Annual administration report of the Civil Veterinary Department of India - 1907-1908
Year: 1907
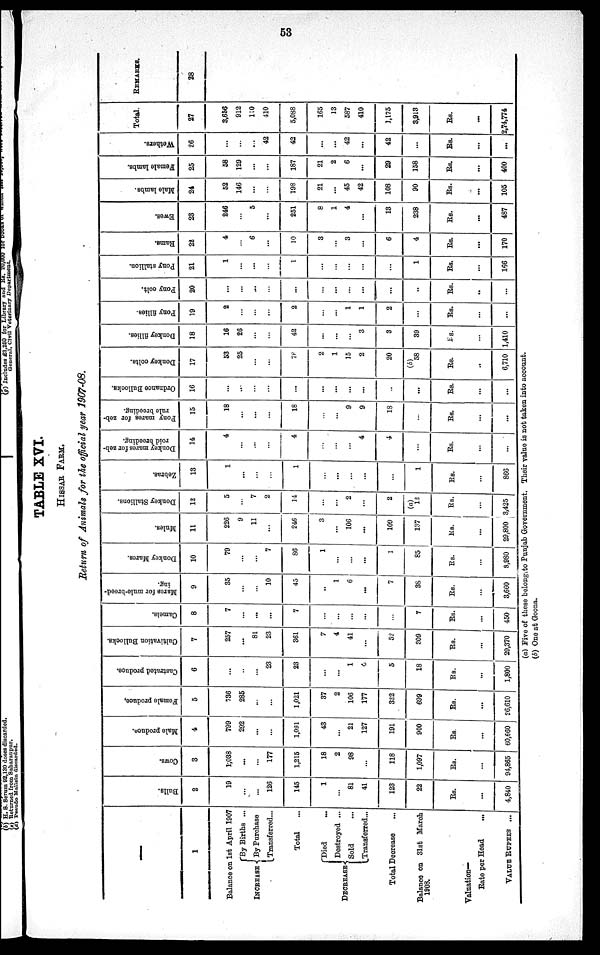
53
TABLE XVI.
HISSAR FARM.
Return of Animals for the official year 1907-08.
—
1
Balance on 1st April 1907
INCREASE
DECREASE
By Births ...
By Purchase
Transferred...
Total ...
Died ...
Destroyed ...
Sold ...
Transferred...
Total Decrease ...
Balance on 31st March
1903.
Valuation—
Rate per Head
...
VALUE RUPEES ...
Bulls.
2
19
...
...
126
145
1
...
81
41
123
22
Rs.
...
4,840
Cows.
3
1,038
...
...
177
1,215
18
2
98
...
118
1,097
Rs.
...
94,865
Male produce.
4
799
292
...
...
1,091
43
...
21
127
191
900
Rs.
...
60,660
Female produce.
5
736
285
...
...
1,021
37
2
106
177
322
699
Rs.
...
26,610
Castrated produce.
6
...
...
...
23
23
...
...
1
4
5
18
Rs.
...
1,800
Cultivation Bullocks.
7
257
...
81
23
361
7
4
41
...
52
309
Rs.
...
29,370
Camels.
8
7
...
...
...
7
...
...
...
...
...
7
Rs.
...
450
Mares for mule-breed-
ing.
9
35
...
...
10
45
...
1
6
...
7
38
Rs.
...
3,660
Donkey Mares.
10
79
...
...
7
86
1
...
...
...
1
85
Rs.
...
3,980
Mules.
11
226
9
11
...
246
3
...
106
...
109
137
Rs.
...
29,800
Donkey Stallions.
12
5
...
7
2
14
...
...
2
...
2
(a)
12
Rs.
...
3,425
Zebras.
13
1
...
...
...
1
...
...
...
...
...
1
Rs.
...
866
Donkey mares for zeb-
roid breeding.
14
4
...
...
...
4
...
...
...
4
4
...
Rs.
...
...
Pony mares for zeb-
rule breeding.
15
18
...
...
...
18
...
...
9
9
18
...
Rs.
...
...
Ordnance Bullocks.
16
...
...
...
...
...
...
...
...
...
...
Rs.
...
...
Donkey colts.
17
53
25
...
...
78
2
1
15
2
20
(b)
58
Rs.
...
6,710
Donkey fillies.
18
16
26
...
...
42
...
...
...
3
3
39
Rs.
...
1,410
Pony fillies.
19
2
...
...
...
2
...
...
1
1
2
...
Rs.
...
...
Pony colt.
20
...
...
...
...
...
...
...
...
...
...
...
Rs.
...
...
Pony stallion.
21
1
...
...
...
1
...
...
...
...
...
1
Rs.
...
166
Rams.
22
4
...
6
...
10
3
...
3
...
6
4
Rs.
...
170
Ewes.
23
246
...
5
...
251
8
1
4
...
13
238
Rs.
...
487
Male lambs.
24
52
146
...
...
198
21
...
45
42
108
90
Rs.
...
105
Female lambs.
25
58
129
...
...
187
21
2
6
...
29
158
Rs.
...
400
Wethers.
26
...
...
...
42
42
...
...
42
...
42
...
Rs.
...
...
Total.
27
3,656
912
110
410
5,088
165
13
587
410
1,175
3,913
Rs.
...
2,74,774
REMARKS.
28
(a) Five of these belong to Punjab Government. Their value is not taken into account.
(b) One at Goona.